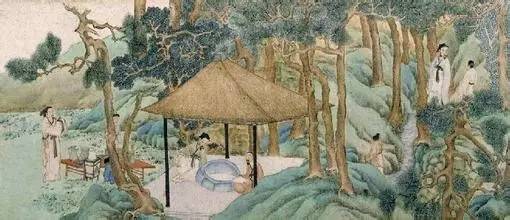
十年种木，一年种谷，都付儿童。